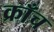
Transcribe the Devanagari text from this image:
क्राँच